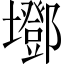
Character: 𡓂